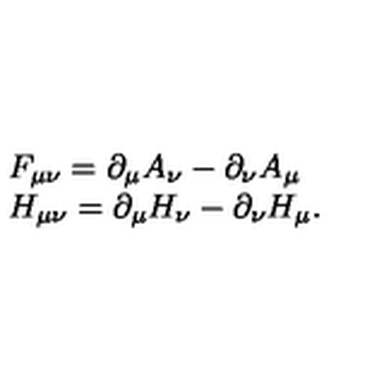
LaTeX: \begin{array} { l l } { F _ { \mu \nu } = \partial _ { \mu } A _ { \nu } - \partial _ { \nu } A _ { \mu } } \\ { H _ { \mu \nu } = \partial _ { \mu } H _ { \nu } - \partial _ { \nu } H _ { \mu } . } \\ \end{array}